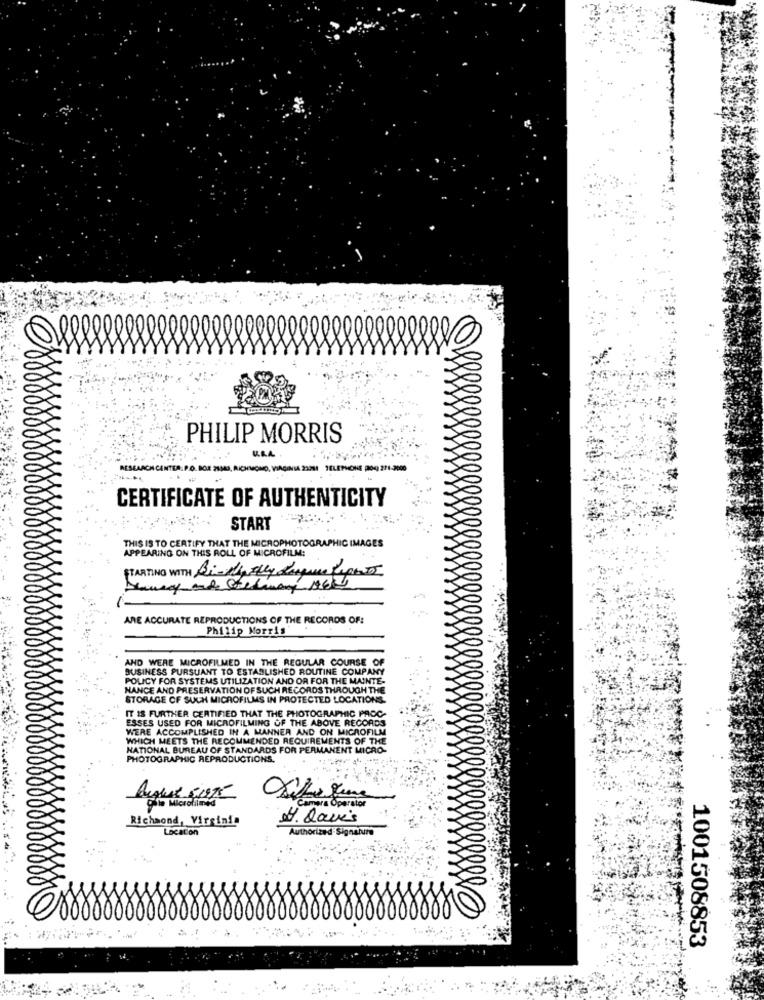
PHILIP MORRIS
RESEARCH CENTER: P.O. BOX 28183, RICHMOND, VIRGINIA 23311 TELEPHONE (2009) 271-2000
CERTIFICATE OF AUTHENTICITY
START
THIS IS TO CERTIFY THAT THE MICROPHOTOGRAPHIC IMAGES
APPEARING ON THIS ROLL OF MICROFILM:
STARTING WITH Bi-cially Luque Report
ARE ACCURATE REPRODUCTIONS OF THE RECORDS OF:
Philip Morris'
AND WERE MICROFILMED IN THE REGULAR COURSE OF
BUSINESS PURSUANT TO ESTABLISHED ROUTINE COMPANY
POLICY FOR SYSTEMS UTILIZATION AND OR FOR THE MAINTE-
NANCE AND PRESERVATION OF SUCH RECORDS THROUGH THE
STORAGE OF SUCH MICROFILMS IN PROTECTED LOCATIONS.
IT IS FURTHER CERTIFIED THAT THE PHOTOGRAPHIC PROC-
ESSES USED FOR MICROFILMING OF THE ABOVE RECORDS
WERE ACCOMPLISHED IN A MANNER AND ON MICROFILM
WHICH MEETS THE RECOMMENDED REQUIREMENTS OF THE
NATIONAL BUREAU OF STANDARDS FOR PERMANENT MICRO-
PHOTOGRAPHIC REPRODUCTIONS.
gule Microlines
Richmond, Virginia
4. davis
Location
Authorized Signature
1001508853